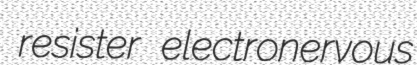
resister electronervous